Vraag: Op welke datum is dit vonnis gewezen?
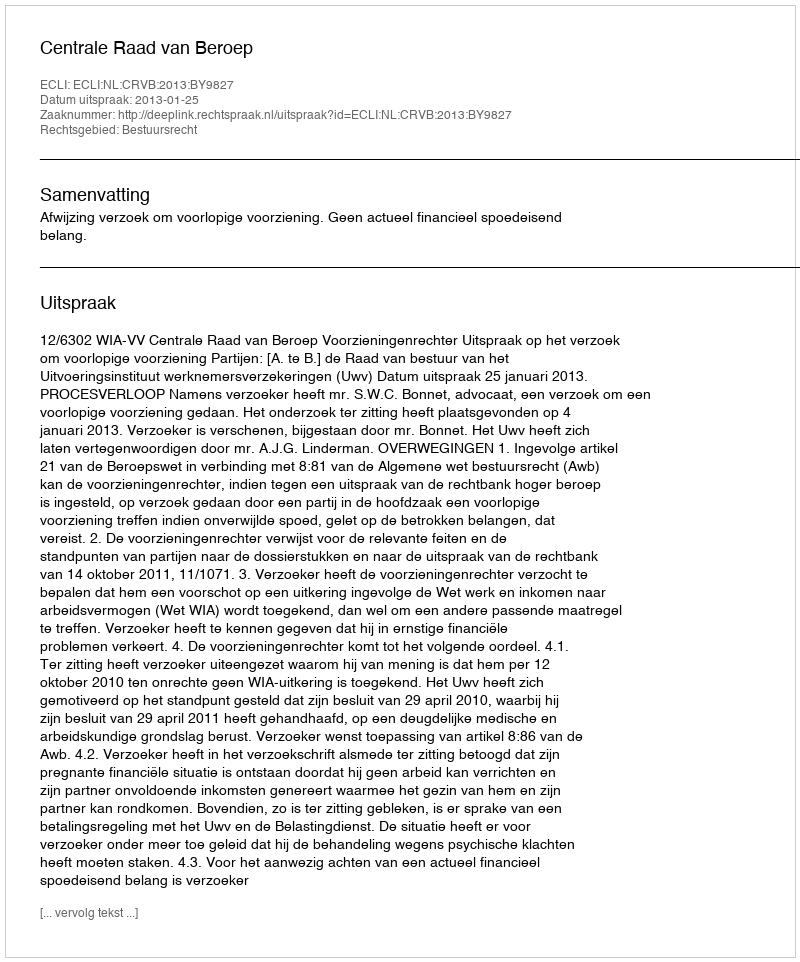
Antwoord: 2013-01-25